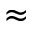
\approx